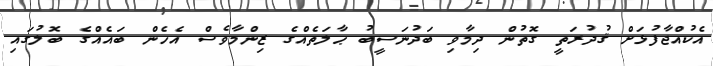
އެކުއްޖާފުޅަށް ޤުދުރަތީ ގޮތުން ދިމާވި ބަދުނަސީބު ޙާލަތެއްގެ ޒިންމާވެސް އެހެން ބައެއްގެ ބޮލުގައި